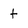
Character: t